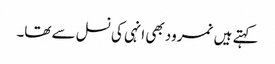
کہتے ہیں نمرود بھی انہی کی نسل سے تھا۔